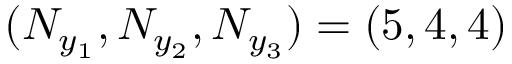
( N _ { y _ { 1 } } , N _ { y _ { 2 } } , N _ { y _ { 3 } } ) = ( 5 , 4 , 4 )